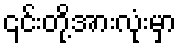
၎င်းတို့အားလုံးမှာ